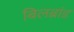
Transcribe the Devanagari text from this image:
बिलब्रांड